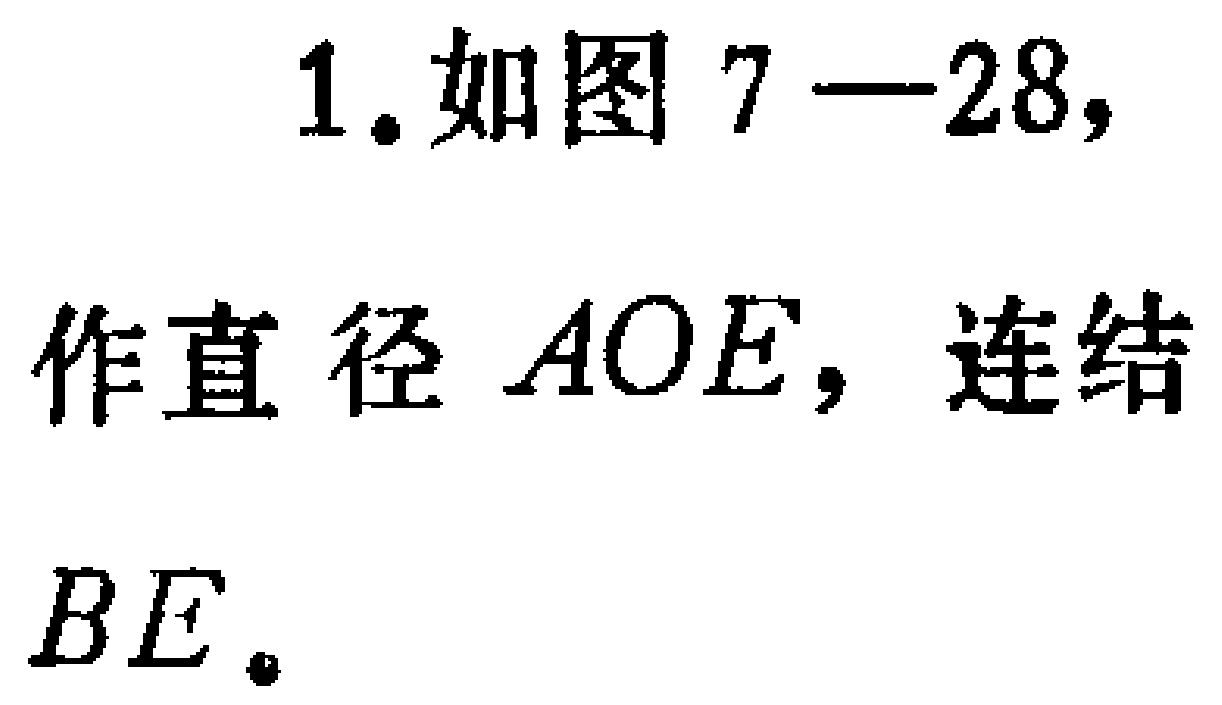
1. 如图 7—28，作直径 \(AOE\)，连结 \(BE\)。